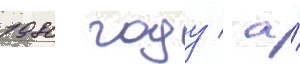
1980 году / а́